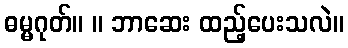
ဓမ္မဂုတ်။ ။ ဘာဆေး ထည့်ပေးသလဲ။